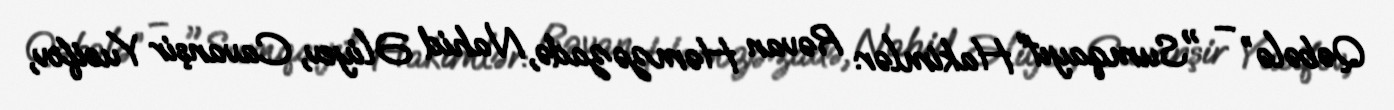
Qəbələ” – "Sumqayıt” Hakimlər: Rəvan Həmzəzadə, Nahid Əliyev, Cavanşir Yusifov,